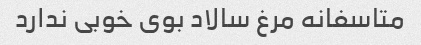
متاسفانه مرغ سالاد بوی خوبی ندارد